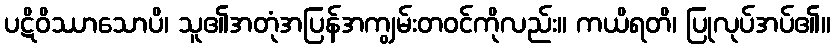
ပဋိဝိဿာသောပိ၊ သူ၏အတုံအပြန်အကျွမ်းတဝင်ကိုလည်း။ ကယိရတိ၊ ပြုလုပ်အပ်၏။